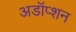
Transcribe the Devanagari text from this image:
अडॉप्शन